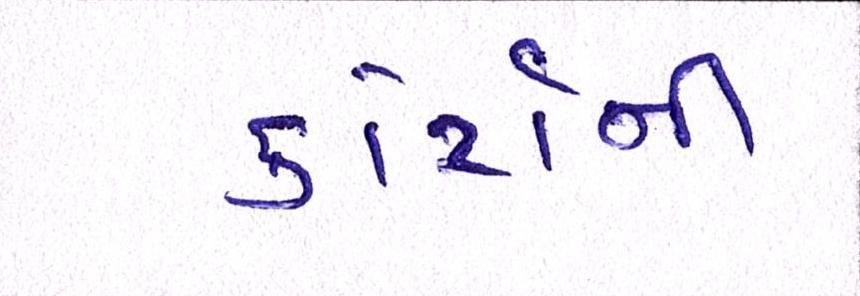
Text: કોર્ટોની